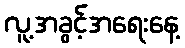
လူ့အခွင့်အရေးနေ့